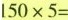
$$l50×5=$$